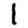
Digit: 1